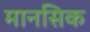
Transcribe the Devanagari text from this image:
मानसिक